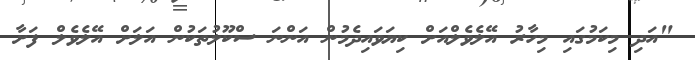
"އަދި މިކަމުގައި މިހާރު އޭލެވެލްއަށް ކިޔަވައިދެމުން އަންނަ ސްކޫލުތަކުން އަލަށް އޭލެވެލް ފަށާ